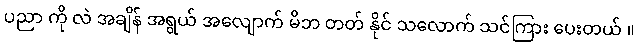
ပညာ ကို လဲ အချိန် အရွယ် အလျောက် မိဘ တတ် နိုင် သလောက် သင်ကြား ပေးတယ် ။